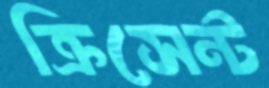
ক্রিসেন্ট